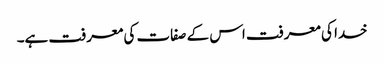
خدا کی معرفت اس کے صفات کی معرفت ہے۔